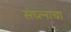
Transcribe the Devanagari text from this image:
संघ्त्नाचा